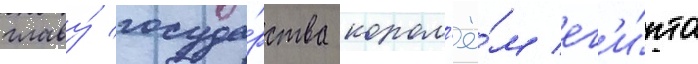
главу́ госуда́рства корол'ё́м ег'и́пта